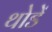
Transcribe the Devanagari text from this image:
थोडें